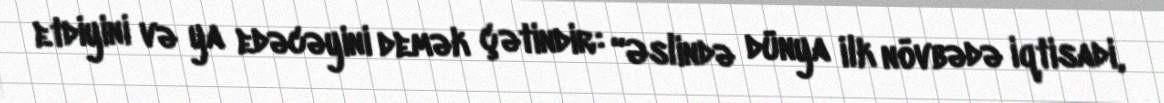
etdiyini və ya edəcəyini demək çətindir: “Əslində dünya ilk növbədə iqtisadi,